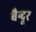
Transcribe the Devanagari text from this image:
बैन्दूर